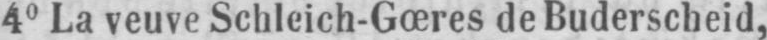
40 La veuve Schleich-Gœres de Buderscheid,